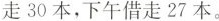
走30本，下午借走27本。